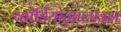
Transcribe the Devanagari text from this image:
कॉर्डियोज़ालाइन